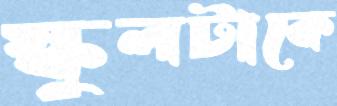
স্কুলটাকে